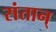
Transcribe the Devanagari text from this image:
संतान्